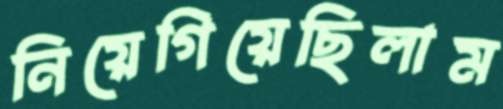
নিয়েগিয়েছিলাম